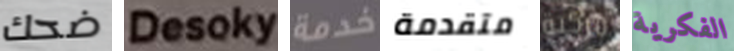
ضحك Desoky ###خدمة متقدمة مركبة الفكرية